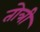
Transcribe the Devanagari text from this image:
तोत्री